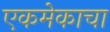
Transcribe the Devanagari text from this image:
एकमेकाचा